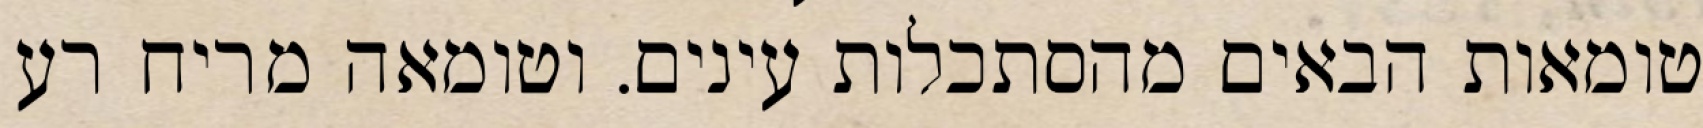
טומאות הבאים מהסתכלות עינים. וטומאה מריח רע